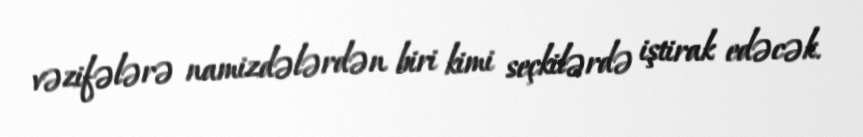
vəzifələrə namizdələrdən biri kimi seçkilərdə iştirak edəcək.